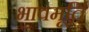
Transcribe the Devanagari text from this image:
भावमूर्ति